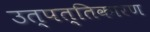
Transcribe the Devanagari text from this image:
उत्पत्तिकारण